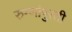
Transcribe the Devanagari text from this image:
रुग्णांपुरती